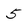
Character: 5